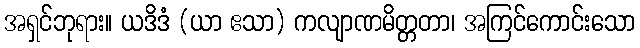
အရှင်ဘုရား။ ယဒိဒံ (ယာ ဧသာ) ကလျာဏမိတ္တတာ၊ အကြင်ကောင်းသော